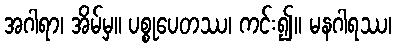
အဂါရာ၊ အိမ်မှ။ ပစ္စုပေတဿ၊ ကင်း၍။ မနဂါရဿ၊